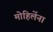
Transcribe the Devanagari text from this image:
मोहिलेंना